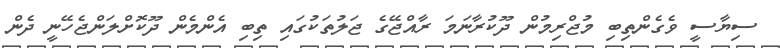
ސިޔާސީ ވެގެންތިބި މުޖްރިމުން ދޫކުރާނަމަ ރާއްޖޭގެ ޖަލުތަކުގައި ތިބި އެންމެން ދޫކޮށްލަންޖެހޭނީ ދެން